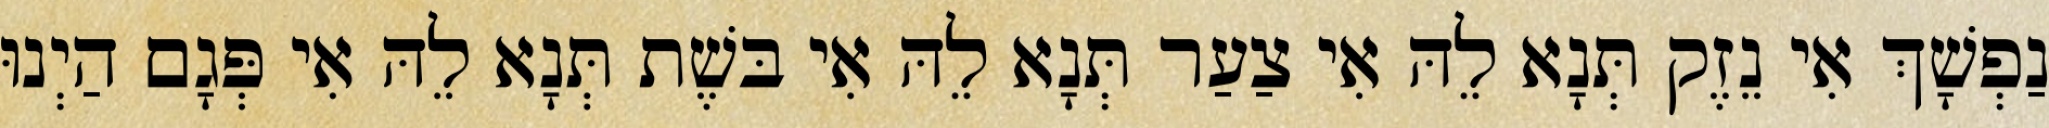
נַפְשָׁךְ אִי נֵזֶק תְּנָא לֵהּ אִי צַעַר תְּנָא לֵהּ אִי בּשֶׁת תְּנָא לֵהּ אִי פְּגָם הַיְנוּ